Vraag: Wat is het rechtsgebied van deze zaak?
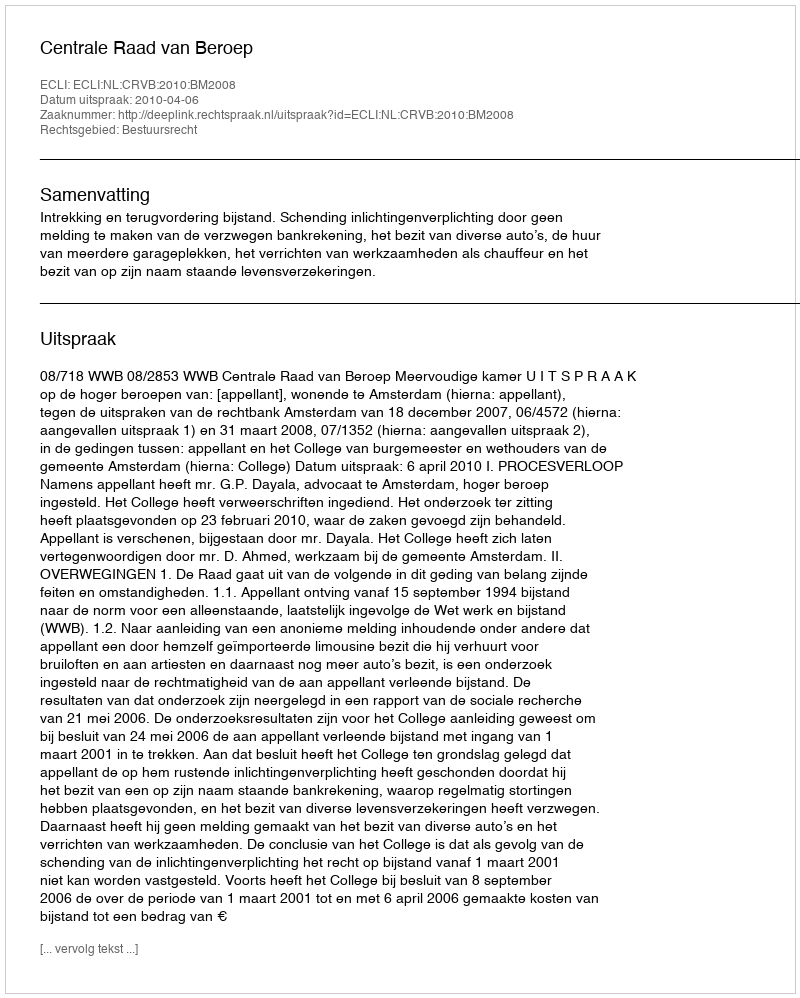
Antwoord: Bestuursrecht